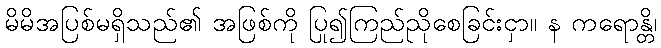
မိမိအပြစ်မရှိသည်၏ အဖြစ်ကို ပြု၍ကြည်ညိုစေခြင်းငှာ။ န ကရောန္တိ၊